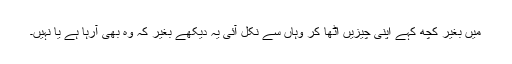
میں بغیر کچھ کہے اپنی چیزیں اٹھا کر وہاں سے نکل آئی یہ دیکھے بغیر کہ وہ بھی آرہا ہے یا نہیں۔